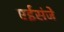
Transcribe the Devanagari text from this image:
एईसंजे